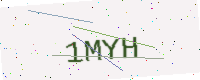
Text: 1MYH